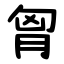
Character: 胷